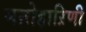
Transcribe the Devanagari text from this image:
मऩोहाऱिणी